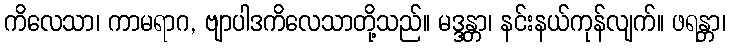
ကိလေသာ၊ ကာမရာဂ, ဗျာပါဒကိလေသာတို့သည်။ မဒ္ဒန္တာ၊ နင်းနယ်ကုန်လျက်။ ဖရန္တာ၊